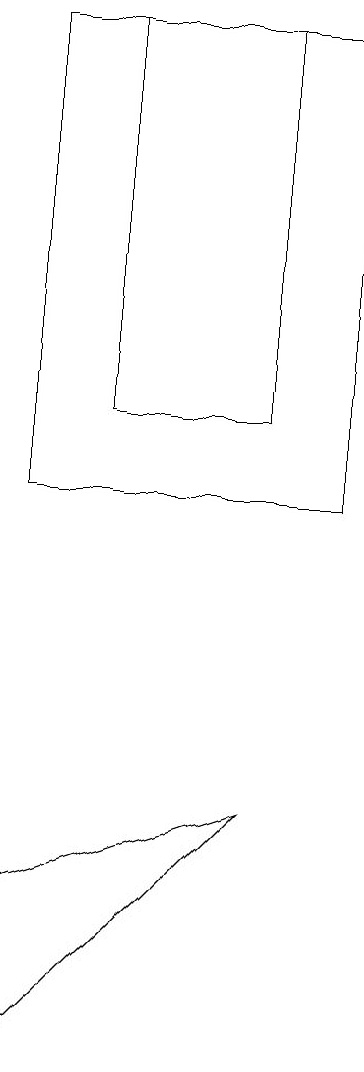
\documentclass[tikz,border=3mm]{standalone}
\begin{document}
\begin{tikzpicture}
\draw (9,11) rectangle (5,17);
\draw (8,17) rectangle (6,12);
\draw (5,4) -- (5,6) -- (8,7) -- cycle;
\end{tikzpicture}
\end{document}